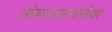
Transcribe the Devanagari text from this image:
लोकनाट्यसेवा